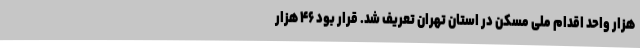
هزار واحد اقدام ملی مسکن در استان تهران تعریف شد. قرار بود ۴۶ هزار